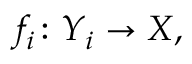
f _ { i } \colon Y _ { i } \to X ,